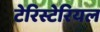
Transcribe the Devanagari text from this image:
टेरिस्टेरियल